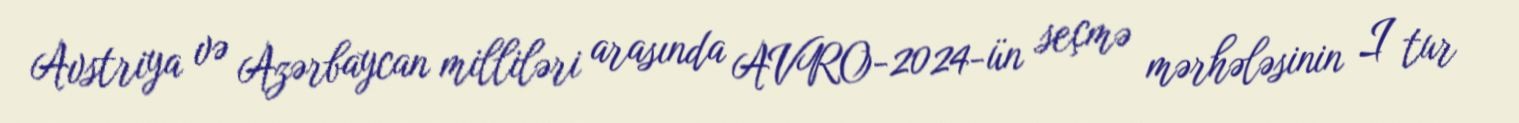
Avstriya və Azərbaycan milliləri arasında AVRO-2024-ün seçmə mərhələsinin I tur